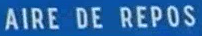
AIRE DE REPOS